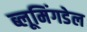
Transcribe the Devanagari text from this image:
ब्लूमिंगडेल